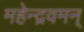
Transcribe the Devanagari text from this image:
महेन्द्रवमन्